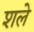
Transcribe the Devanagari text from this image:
शले